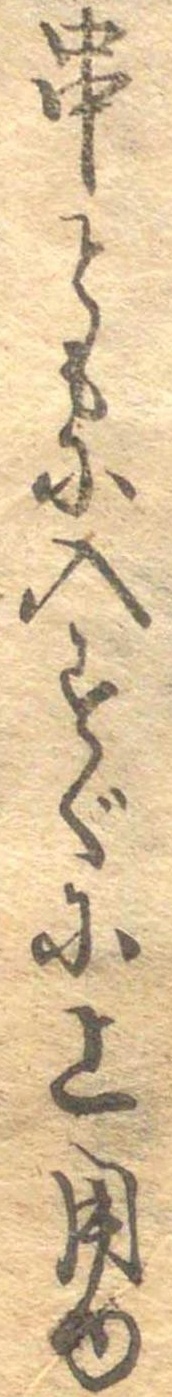
串ともに入すぐに上用ゆ